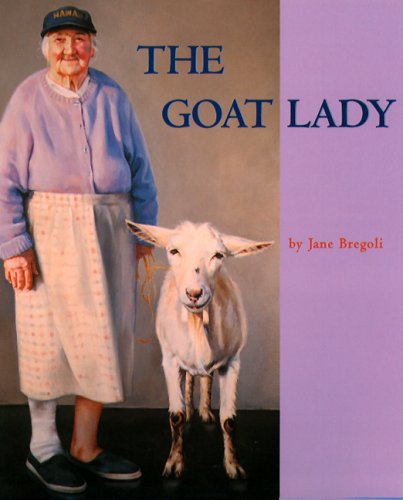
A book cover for The Goat Lady; Jane Bregoli; Teen & Young Adult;